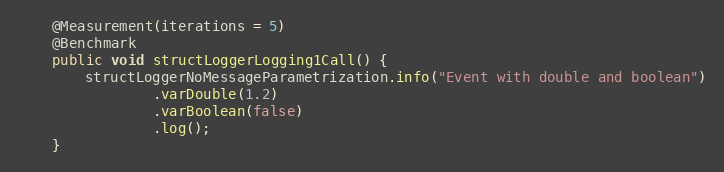
Language: Java
    @Measurement(iterations = 5)
    @Benchmark
    public void structLoggerLogging1Call() {
        structLoggerNoMessageParametrization.info("Event with double and boolean")
                .varDouble(1.2)
                .varBoolean(false)
                .log();
    }